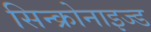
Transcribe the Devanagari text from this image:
सिन्क्रोनाइज्ड